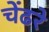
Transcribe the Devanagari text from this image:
चेंढरे